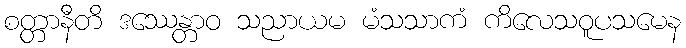
စတ္တာနီတိ ဒဿေန္တာဝ သညာယမ မံသသာကံ ကိလေသဝူပသမေန